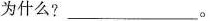
为什么?___。